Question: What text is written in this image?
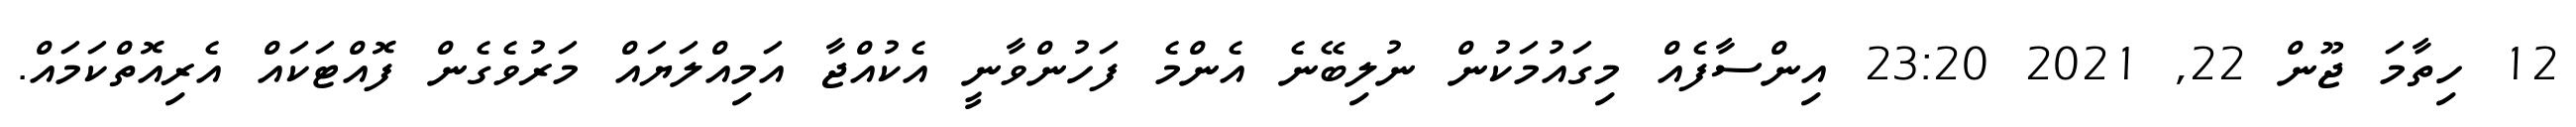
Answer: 12 ހިތާމަ ޖޫން 22, 2021 23:20 އިންސާފެއް މިގައުމަކުން ނުލިބޭނެ އެންމެ ފަހުންވާނީ އެކުއްޖާ އަމިއްލަޔައް މަރުވެގެން ފޮއްޓަކައް އެރިއޮތްކަމައް.